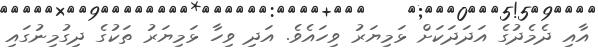
އާއި ދެމެދުގެ އަދަދަކަށް ޅަމިޔަރު ވިހައެވެ. އަދި ވިހާ ޅަމިޔަރު ތަކުގެ ދިގުމިނުގައި